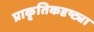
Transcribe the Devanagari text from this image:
प्राकृतिकदृष्ट्या